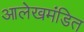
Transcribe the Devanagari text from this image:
आलेखमंडित